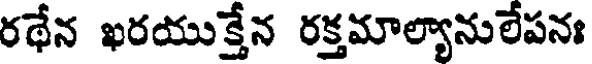
రథేన ఖరయుక్తేన రక్తమాల్యానులేపనః